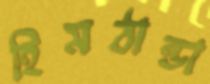
হিমঠান্ডা